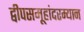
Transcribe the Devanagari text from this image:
द्वीपसमूहांदरम्यान